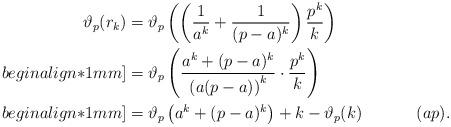
LaTeX: \begin{align*}\vartheta_p(r_k) & = \vartheta_p\left(\left(\frac{1}{a^k} + \frac{1}{(p - a)^k}\right) \frac{p^k}{k}\right) \\begin{align*}1mm]& = \vartheta_p\left(\frac{a^k + (p - a)^k}{\left(a (p - a)\right)^k} \cdot \frac{p^k}{k}\right) \\begin{align*}1mm]& = \vartheta_p\left(a^k + (p - a)^k\right) + k - \vartheta_p(k) ~~~~~~~~~~ ( a p) .\end{align*}